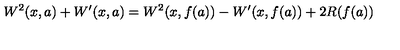
W ^ { 2 } ( x , a ) + W ^ { \prime } ( x , a ) = W ^ { 2 } ( x , f ( a ) ) - W ^ { \prime } ( x , f ( a ) ) + 2 R ( f ( a ) )